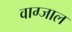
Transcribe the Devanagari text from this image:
वाग्जाल